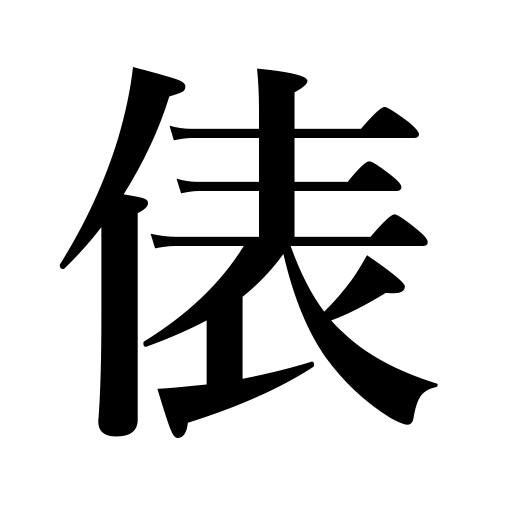
Meanings: bag counter,bale,sack,bag